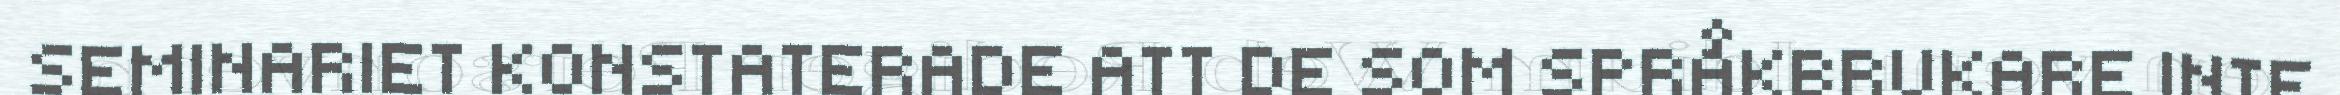
SEMINARIET KONSTATERADE ATT DE SOM SPRÅKBRUKARE INTE